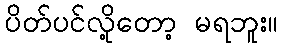
ပိတ်ပင်လို့တော့ မရဘူး။